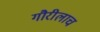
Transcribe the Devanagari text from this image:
गौरीलाच